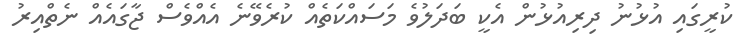
ކުރީގައި އުޅުނު ދިރިއުޅުން އެކީ ބަދަލުވެ މަސައްކަތެއް ކުރެވޭނެ އެއްވެސް ޖާގައެއް ނެތްއިރު